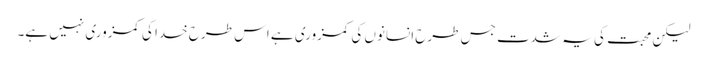
لیکن محبت کی یہ شدت جس طرح انسانوں کی کمزوری ہے اس طرح خدا کی کمزوری نہیں ہے۔